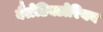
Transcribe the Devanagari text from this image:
वैलेडिक्टोरियन